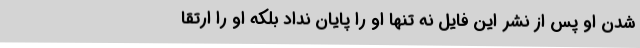
شدن او پس از نشر این فایل نه تنها او را پایان نداد بلکه او را ارتقا